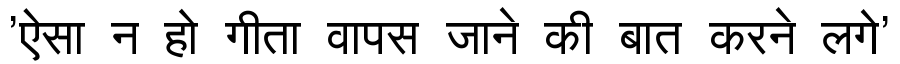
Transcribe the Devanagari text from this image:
'ऐसा न हो गीता वापस जाने की बात करने लगे'